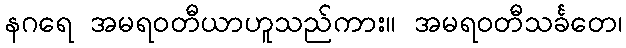
နဂရေ အမရဝတီယာဟူသည်ကား။ အမရဝတီသင်္ခတေ၊